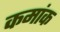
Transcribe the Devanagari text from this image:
कमांक